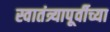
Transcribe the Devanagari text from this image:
स्वातंत्र्यापूर्वीच्या